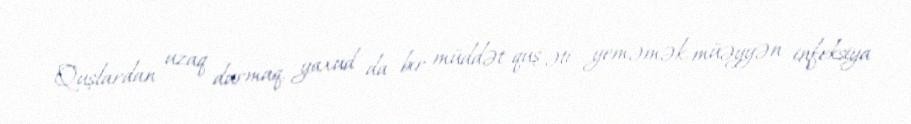
Quşlardan uzaq durmaq, yaxud da bir müddət quş əti yeməmək, müəyyən infeksiya